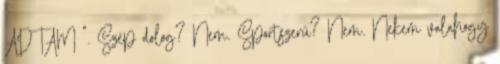
ADTAM ". Szép dolog? Nem. Sportszerű? Nem. Nekem valahogy